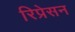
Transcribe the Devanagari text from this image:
रिप्रेसन